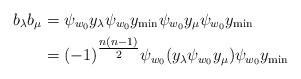
LaTeX: \begin{align*}b_{\lambda}b_{\mu}&=\psi_{w_{0}}y_{\lambda}\psi_{w_{0}}y_{\min}\psi_{w_{0}}y_{\mu}\psi_{w_{0}}y_{\min}\\&=(-1)^{\tfrac{n(n-1)}{2}}\psi_{w_{0}}(y_{\lambda}\psi_{w_{0}}y_{\mu})\psi_{w_{0}}y_{\min}\end{align*}